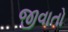
જીવાતો